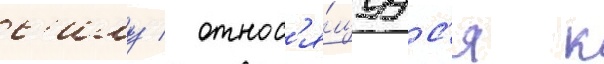
с'илу / относ'я́щуус'я к